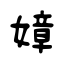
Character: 嫜